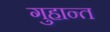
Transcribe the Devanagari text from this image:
गुहान्त